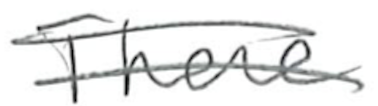
Text: There
Cross-out: double-line
Writing tool: pencil